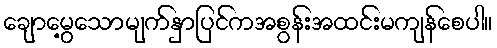
ချောမွေ့သောမျက်နှာပြင်ကအစွန်းအထင်းမကျန်စေပါ။